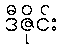
ဒီဇိုင်း